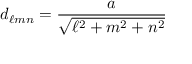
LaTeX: d _ { \ell m n } = { \frac { a } { \sqrt { \ell ^ { 2 } + m ^ { 2 } + n ^ { 2 } } } }